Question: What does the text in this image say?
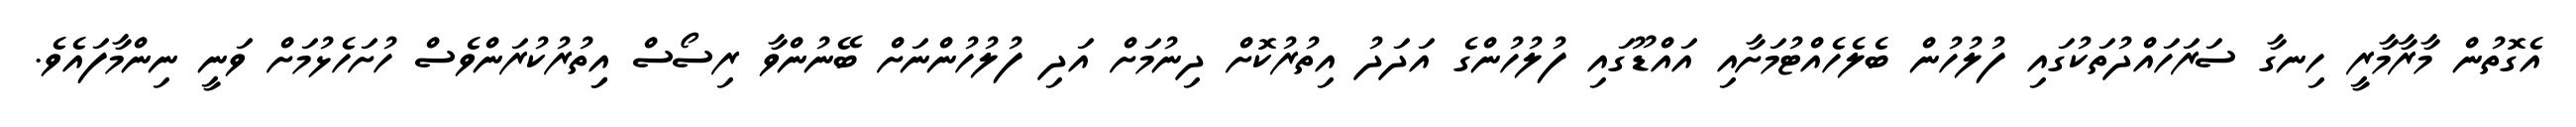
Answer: އެގޮތުން މާރާމާރީ ހިނގާ ސަރަހައްދުތަކުގައި ފުލުހުން ބެލެހެއްޓުމަށާއި އައްޑޫގައި ފުލުހުންގެ އަދަދު އިތުރުކޮށް ދިނުމަށް އަދި ފުލުހުންނަށް ބޭނުންވާ ރިސޯސް އިިތުރުކުރަންވެސް ހުށަހެޅުމަށް ވަނީ ނިންމާފައެވެ.